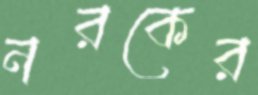
নরকের